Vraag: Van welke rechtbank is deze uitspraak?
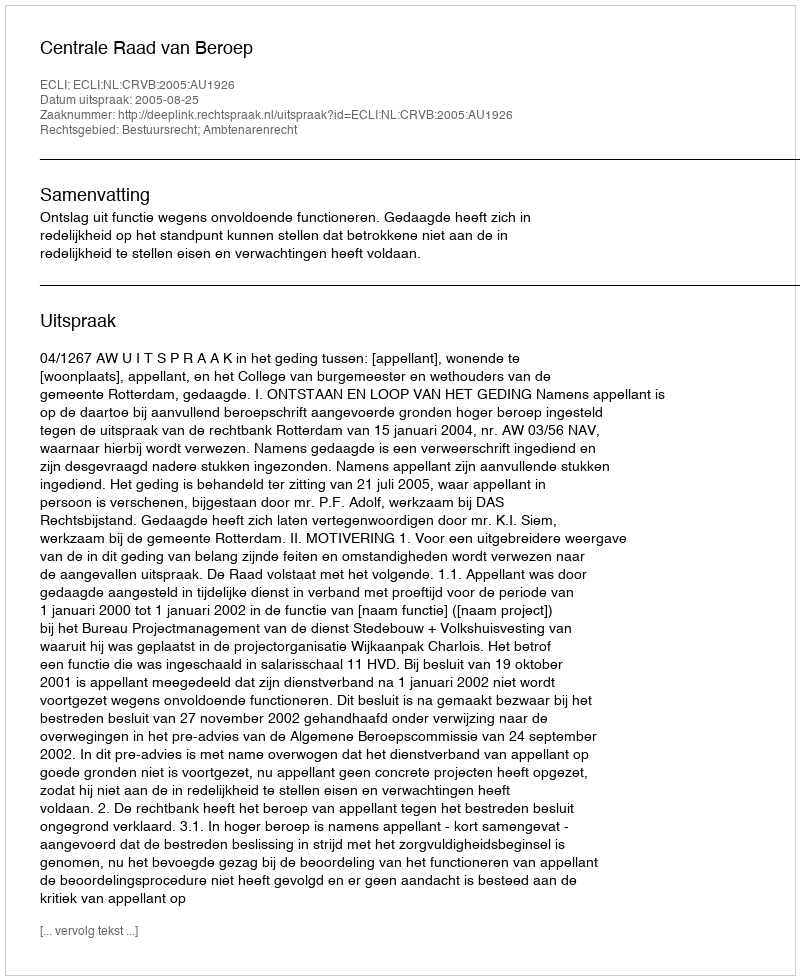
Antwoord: Centrale Raad van Beroep